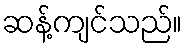
ဆန့်ကျင်သည်။